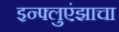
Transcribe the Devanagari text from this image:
इन्फ्लुएंझाचा